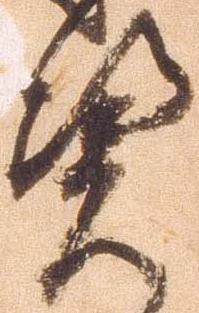
憑